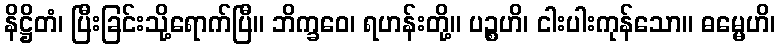
နိဋ္ဌိတံ၊ ပြီးခြင်းသို့ရောက်ပြီ။ ဘိက္ခဝေ၊ ရဟန်းတို့။ ပဉ္စဟိ၊ ငါးပါးကုန်သော။ ဓမ္မေဟိ၊